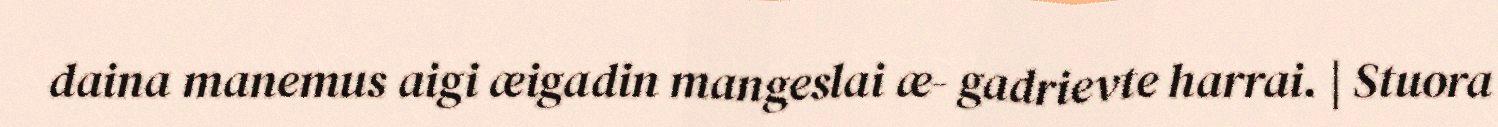
daina manemus aigi æigadin mangeslai æ- gadrievte harrai. | Stuora